Civil Veterinary Department. United Provinces 1923-31 - 1923-1931
Year: 1923
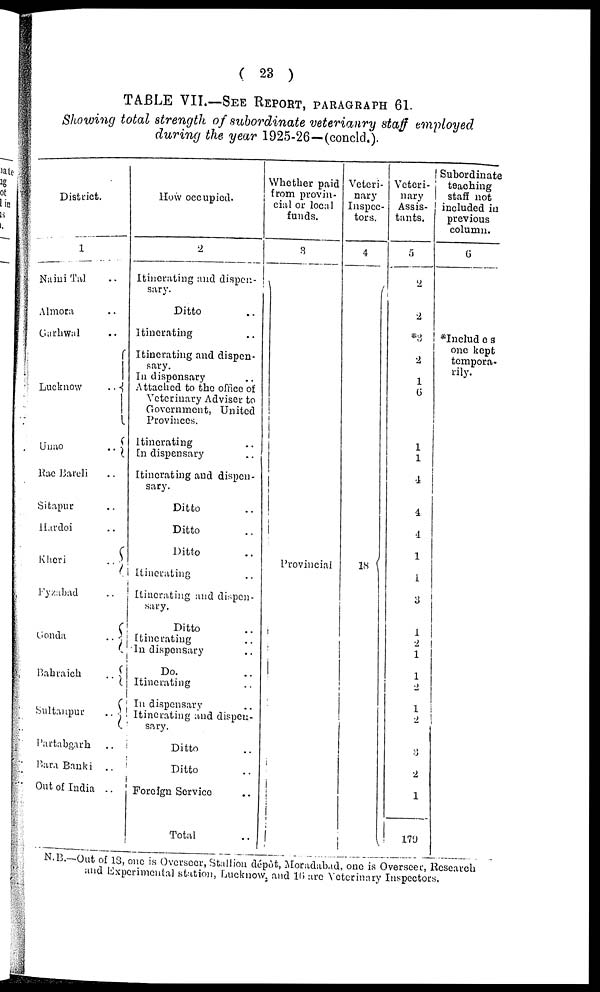
( 23 )
TABLE VII.—SEE REPORT, PARAGRAPHS 61.
Showing total strength of subordinate veterianry staff employed
during the year 1925-26 — (concld.).
District.
1
Naini Tal ..
Minora ..
Garhwal ..
Lucknow
..
Unao ..
Rae Bareli ..
Sitapur ..
Hardoi ..
Kheri ..
Fyzabad ..
Gonda
..
Bahraich
..
Sultanpur
..
Partabgarh
..
Bara Banki ..
Out of India ..
How occupied.
2
Itinerating and dispen-
sary.
Ditto ..
Itinerating ..
Itinerating and dispen-
sary.
In dispensary ..
Attached to the office of
Veterinary Adviser to
Government, United
Provinces.
Itinerating ..
En dispensary ..
Itinerating and dispen-
sary.
Ditto ..
Ditto ..
Ditto ..
Itinerating ..
Itinerating and dispen-
sary.
Ditto ..
Itinerating ..
In dispensary ..
Do. ..
Itinerating ..
In dispensary ..
Itinerating and dispen-
sary.
Ditto ..
Ditto ..
Foreign Service ..
Total ..
Whether paid
from provin-
cial or local
funds.
3
Provincial
Veteri-
nary
Inspec-
tors.
4
18
Veteri-
nary
Assis-
tants.
5
2
2
*3
2
1
6
1
1
4
4
4
1
1
3
1
2
1
1
2
1
2
3
2
1
179
Subordinate
teaching
staff not
included in
previous
column.
6
*Includ e s
one kept
tempora-
rily.
N.B.— Out of 18, one is Overseer, Stallion dépôt, Moradabad, one is Overseer, Research
and Experimental station, Lucknow, and 16 are Veterinary Inspectors,